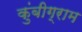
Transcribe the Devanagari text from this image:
कुंबीग्राम